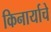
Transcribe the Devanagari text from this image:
किनार्याचे